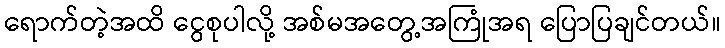
ရောက်တဲ့အထိ ငွေစုပါလို့ အစ်မအတွေ့အကြုံအရ ပြောပြချင်တယ်။